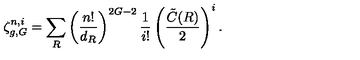
\zeta _ { g , G } ^ { n , i } = \sum _ { R } \left( \frac { n ! } { d _ { R } } \right) ^ { 2 G - 2 } { \frac { 1 } { i ! } } \left( \frac { \tilde { C } ( R ) } { 2 } \right) ^ { i } .